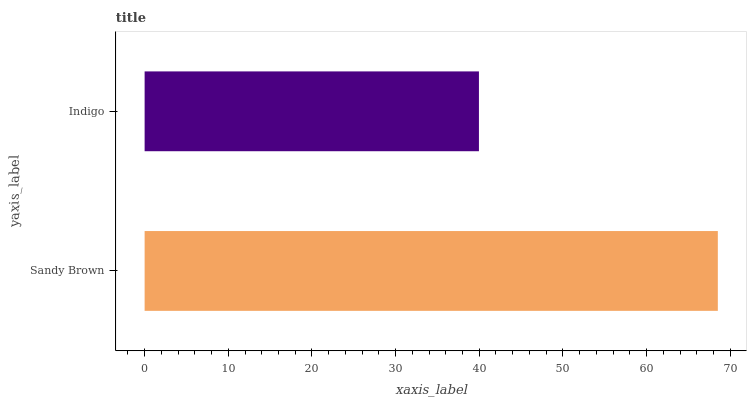
| yaxis_label | bars |
 | --- | --- |
 | Sandy Brown | 68.5 |
 | Indigo | 40 |